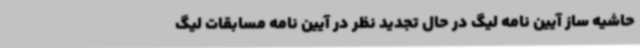
حاشیه ساز آیین نامه لیگ در حال تجدید نظر در آیین نامه مسابقات لیگ